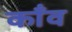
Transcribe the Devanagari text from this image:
काँव